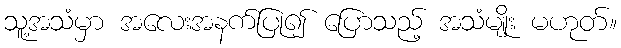
သူ့အသံမှာ အလေးအနက်ပြု၍ ပြောသည့် အသံမျိုး မဟုတ်။